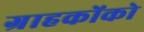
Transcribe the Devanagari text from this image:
ग्राहकोंको